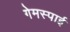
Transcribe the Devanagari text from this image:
गेमस्पाई